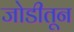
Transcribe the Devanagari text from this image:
जोडीतून